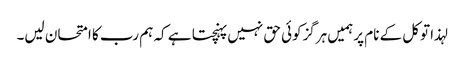
لہذا توکل کے نام پرہمیں ہرگزکوئی حق نہیں پہنچتا ہے کہ ہم رب کا امتحان لیں۔